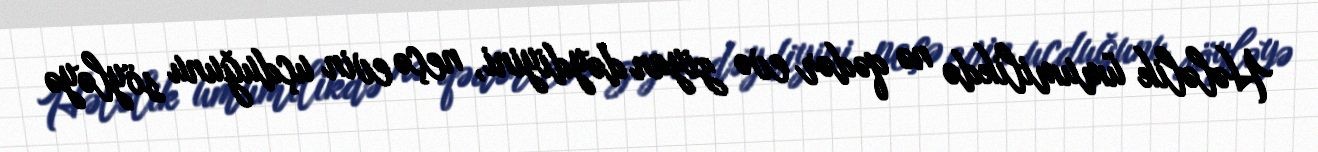
Hələlik ümumilikdə nə qədər evə ziyan dəydiyini, neçə evin uçduğunu söyləyə